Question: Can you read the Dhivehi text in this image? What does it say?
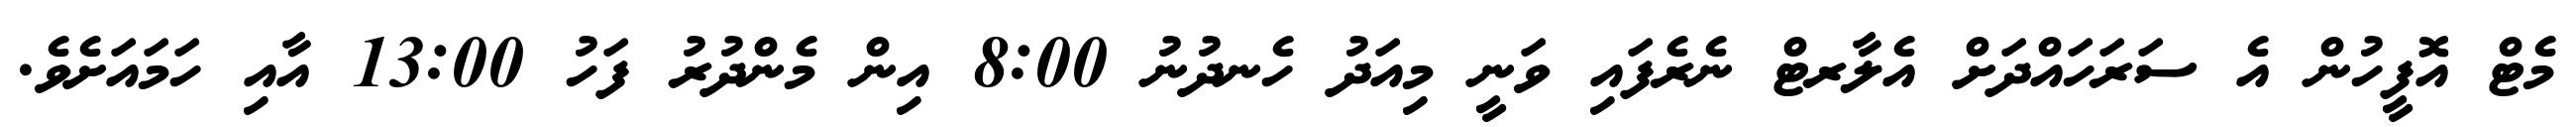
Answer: މެޓް އޮފީހުން އެ ސަރަހައްދަށް އެލާރޓް ނެރެފައި ވަނީ މިއަދު ހެނދުނު 8:00 އިން މެންދުރު ފަހު 13:00 އާއި ހަމައަށެވެ.